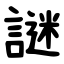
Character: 謎